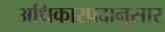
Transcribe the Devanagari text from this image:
अधिकारपदानुसार